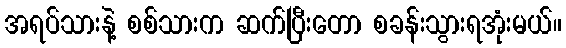
အရပ်သားနဲ့ စစ်သားက ဆက်ပြီးတော စခန်းသွားရအုံးမယ်။